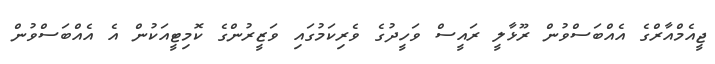
ޖީއެމްއާރްގެ އެއްބަސްވުން ރޫޅާލީ ރައީސް ވަހީދުގެ ވެރިކަމުގައި ވަޒީރުންގެ ކޮމިޓީއަކުން އެ އެއްބަސްވުން